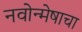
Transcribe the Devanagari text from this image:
नवोन्मेषाचा